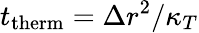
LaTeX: t_{\mathrm{therm}}=\Delta r^{2}/\kappa_{T}